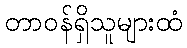
တာဝန်ရှိသူများထံ